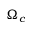
\Omega _ { c }